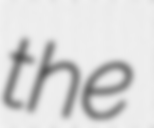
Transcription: the